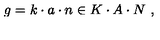
g = k \cdot a \cdot n \in K \cdot A \cdot N \ ,